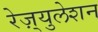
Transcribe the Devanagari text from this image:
रेज़्युलेशन